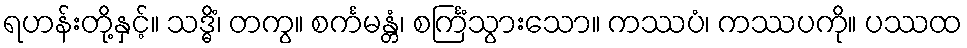
ရဟန်းတို့နှင့်။ သဒ္ဓိံ၊ တကွ။ စင်္ကမန္တံ၊ စင်္ကြံသွားသော။ ကဿပံ၊ ကဿပကို။ ပဿထ